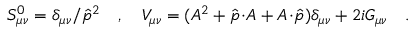
S _ { \mu \nu } ^ { 0 } = \delta _ { \mu \nu } / { \hat { p } ^ { 2 } } \quad , \quad V _ { \mu \nu } = ( A ^ { 2 } + \hat { p } \! \cdot \! A + A \! \cdot \! \hat { p } ) \delta _ { \mu \nu } + 2 i G _ { \mu \nu } \quad .